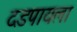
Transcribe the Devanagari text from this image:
दडपायला